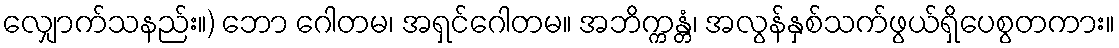
လျှောက်သနည်း။) ဘော ဂေါတမ၊ အရှင်ဂေါတမ။ အဘိက္ကန္တံ၊ အလွန်နှစ်သက်ဖွယ်ရှိပေစွတကား။